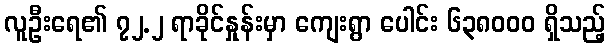
လူဦးရေ၏ ၇၂.၂ ရာခိုင်နှုန်းမှာ ကျေးရွာ ပေါင်း ၆၃၈၀၀၀ ရှိသည့်